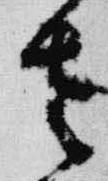
左